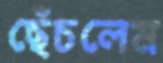
ছেঁচলেম